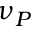
\nu _ { P }